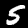
Label: 5